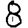
Digit: 8